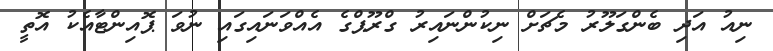
ނިއު އަދި ބެންގަލޫރު މެޗަށް ނިކުންނައިރު ގްރޫޕްގެ އެއްވަނައިގައި ނުވަ ޕޮއިންޓާއެކު އޮތީ